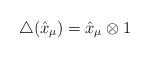
LaTeX: \begin{align*}\bigtriangleup(\hat{x}_\mu)=\hat{x}_\mu\otimes1\end{align*}